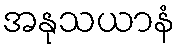
အနုသယာနံ